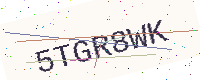
Text: 5TGR8WK